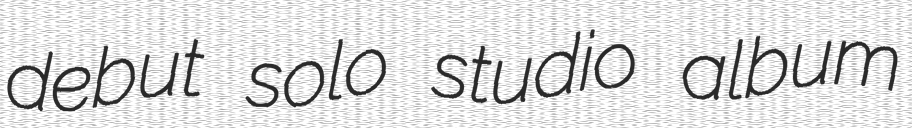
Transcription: debut solo studio album